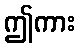
ဤကား